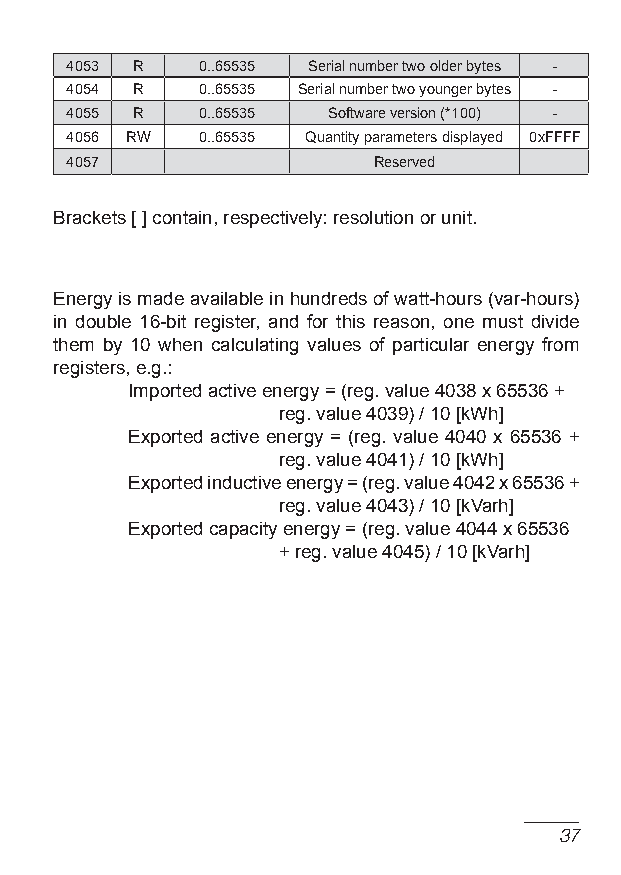
4053 R   0..65535 Serial number two older bytes -
 4054 R   0..65535 Serial number two younger bytes -
 4055 R   0..65535 Software version (*100) -
 4056 RW  0..65535 quantity parameters displayed 0xffff
 4057                 Reserved
 Brackets [ ] contain, respectively: resolution or unit.
 energy is made available in hundreds of watt-hours (var-hours)
 in double 16-bit register, and for this reason, one must divide
 them by 10 when calculating values of particular energy from
 registers, e.g.:
 Imported active energy = (reg. value 4038 x 65536 +
 reg. value 4039) / 10 [kWh]
 exported active energy = (reg. value 4040 x 65536 +
 reg. value 4041) / 10 [kWh]
 exported inductive energy = (reg. value 4042 x 65536 +
 reg. value 4043) / 10 [kVarh]
 exported capacity energy = (reg. value 4044 x 65536
 + reg. value 4045) / 10 [kVarh]
 